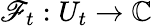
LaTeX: \mathscr{F}_{t}:U_{t}\to\mathbb{{C}}